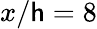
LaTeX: x/\mathsf{h}=8